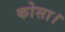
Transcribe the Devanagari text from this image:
कोसा।